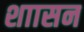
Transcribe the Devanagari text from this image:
शाासन